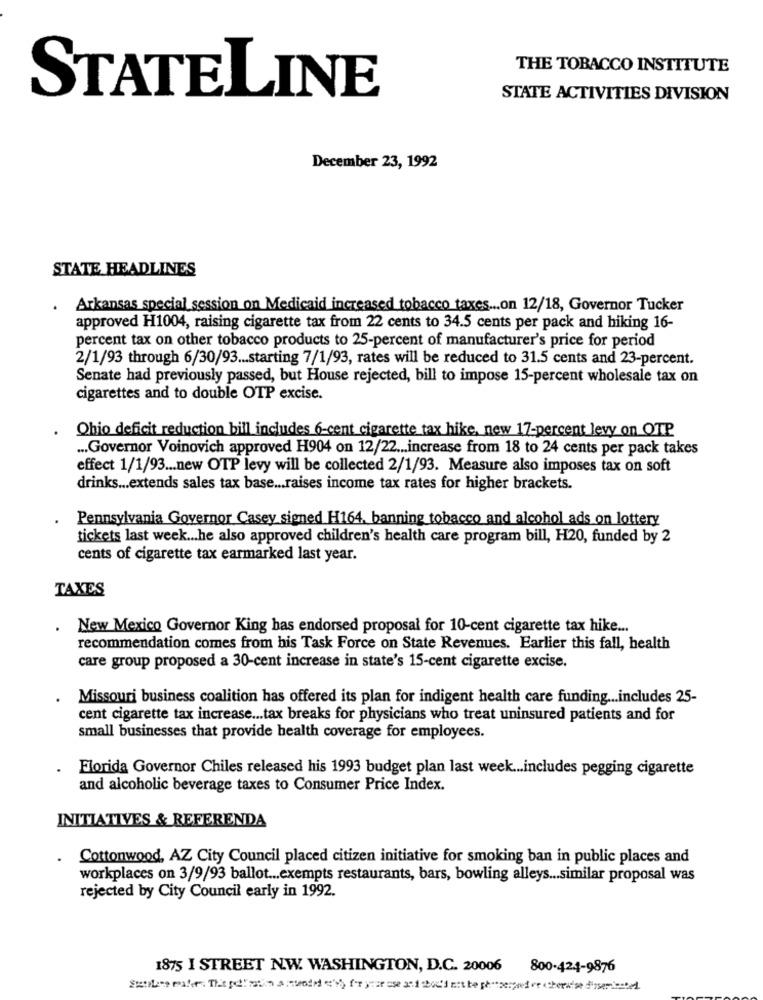
THE TOBACCO INSTITUTE
STATELINE
STATE ACTIVITIES DIVISION
December 23, 1992
STATE HEADLINES
. Arkansas special session on Medicaid increased tobacco taxes ... on 12/18, Governor Tucker
approved H1004, raising cigarette tax from 22 cents to 34.5 cents per pack and hiking 16-
percent tax on other tobacco products to 25-percent of manufacturer's price for period
2/1/93 through 6/30/93 ... starting 7/1/93, rates will be reduced to 31.5 cents and 23-percent.
Senate had previously passed, but House rejected, bill to impose 15-percent wholesale tax on
cigarettes and to double OTP excise.
Ohio deficit reduction bill includes 6-cent cigarette tax hike, new 17-percent levy on OTP
... Governor Voinovich approved H904 on 12/22 ... increase from 18 to 24 cents per pack takes
effect 1/1/93 ... new OTP levy will be collected 2/1/93. Measure also imposes tax on soft
drinks ... extends sales tax base ... raises income tax rates for higher brackets.
Pennsylvania Governor Casey signed H164, banning tobacco and alcohol ads on lottery
tickets last week ... he also approved children's health care program bill, H20, funded by 2
cents of cigarette tax earmarked last year.
TAXES
New Mexico Governor King has endorsed proposal for 10-cent cigarette tax hike ...
recommendation comes from his Task Force on State Revenues. Earlier this fall, health
care group proposed a 30-cent increase in state's 15-cent cigarette excise.
Missouri business coalition has offered its plan for indigent health care funding ... includes 25-
cent cigarette tax increase ... tax breaks for physicians who treat uninsured patients and for
small businesses that provide health coverage for employees.
Florida Governor Chiles released his 1993 budget plan last week ... includes pegging cigarette
and alcoholic beverage taxes to Consumer Price Index.
INITIATIVES & REFERENDA
Cottonwood, AZ City Council placed citizen initiative for smoking ban in public places and
workplaces on 3/9/93 ballot ... exempts restaurants, bars, bowling alleys ... similar proposal was
rejected by City Council early in 1992.
1875 I STREET N.W. WASHINGTON, D.C. 20006
800-424-9876